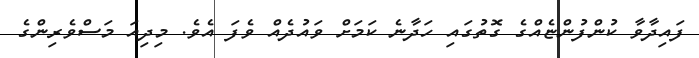
ފައިދާވާ ކުންފުންޏެއްގެ ގޮތުގައި ހަދާނެ ކަމަށް ވައުދެއް ވެފަ އެވެ. މިދިއަ މަސްވެރިންގެ